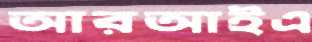
আরআইএ